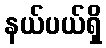
နယ်ပယ်ရှိ